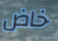
خاض